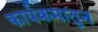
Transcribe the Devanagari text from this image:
कार्यक्रमातुन